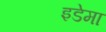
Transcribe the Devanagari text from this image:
इडेमा